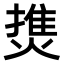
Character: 𤍐